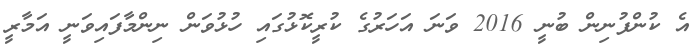
އެ ކުންފުނިން ބުނީ 2016 ވަނަ އަހަރުގެ ކުރީކޮޅުގައި ހުޅުވަން ނިންމާފައިވަނީ އަމާރީ